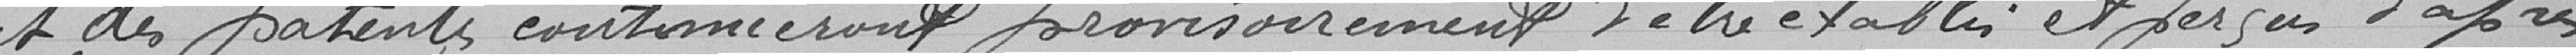
et des patentes continueront provisoirement d'être établis et perçus d'après